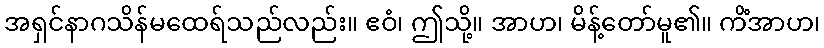
အရှင်နာဂသိန်မထေရ်သည်လည်း။ ဧဝံ၊ ဤသို့။ အာဟ၊ မိန့်တော်မူ၏။ ကိံအာဟ၊